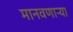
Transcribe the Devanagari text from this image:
मानवणाऱ्या